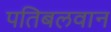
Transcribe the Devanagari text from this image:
पतिबलवान